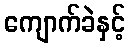
ကျောက်ခဲနှင့်